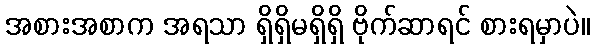
အစားအစာက အရသာ ရှိရှိမရှိရှိ ဗိုက်ဆာရင် စားရမှာပဲ။